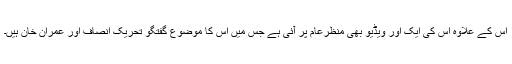
اس کے علاوہ اس کی ایک اور ویڈیو بھی منظرعام پر آئی ہے جس میں اس کا موضوع گفتگو تحریک انصاف اور عمران خان ہیں۔